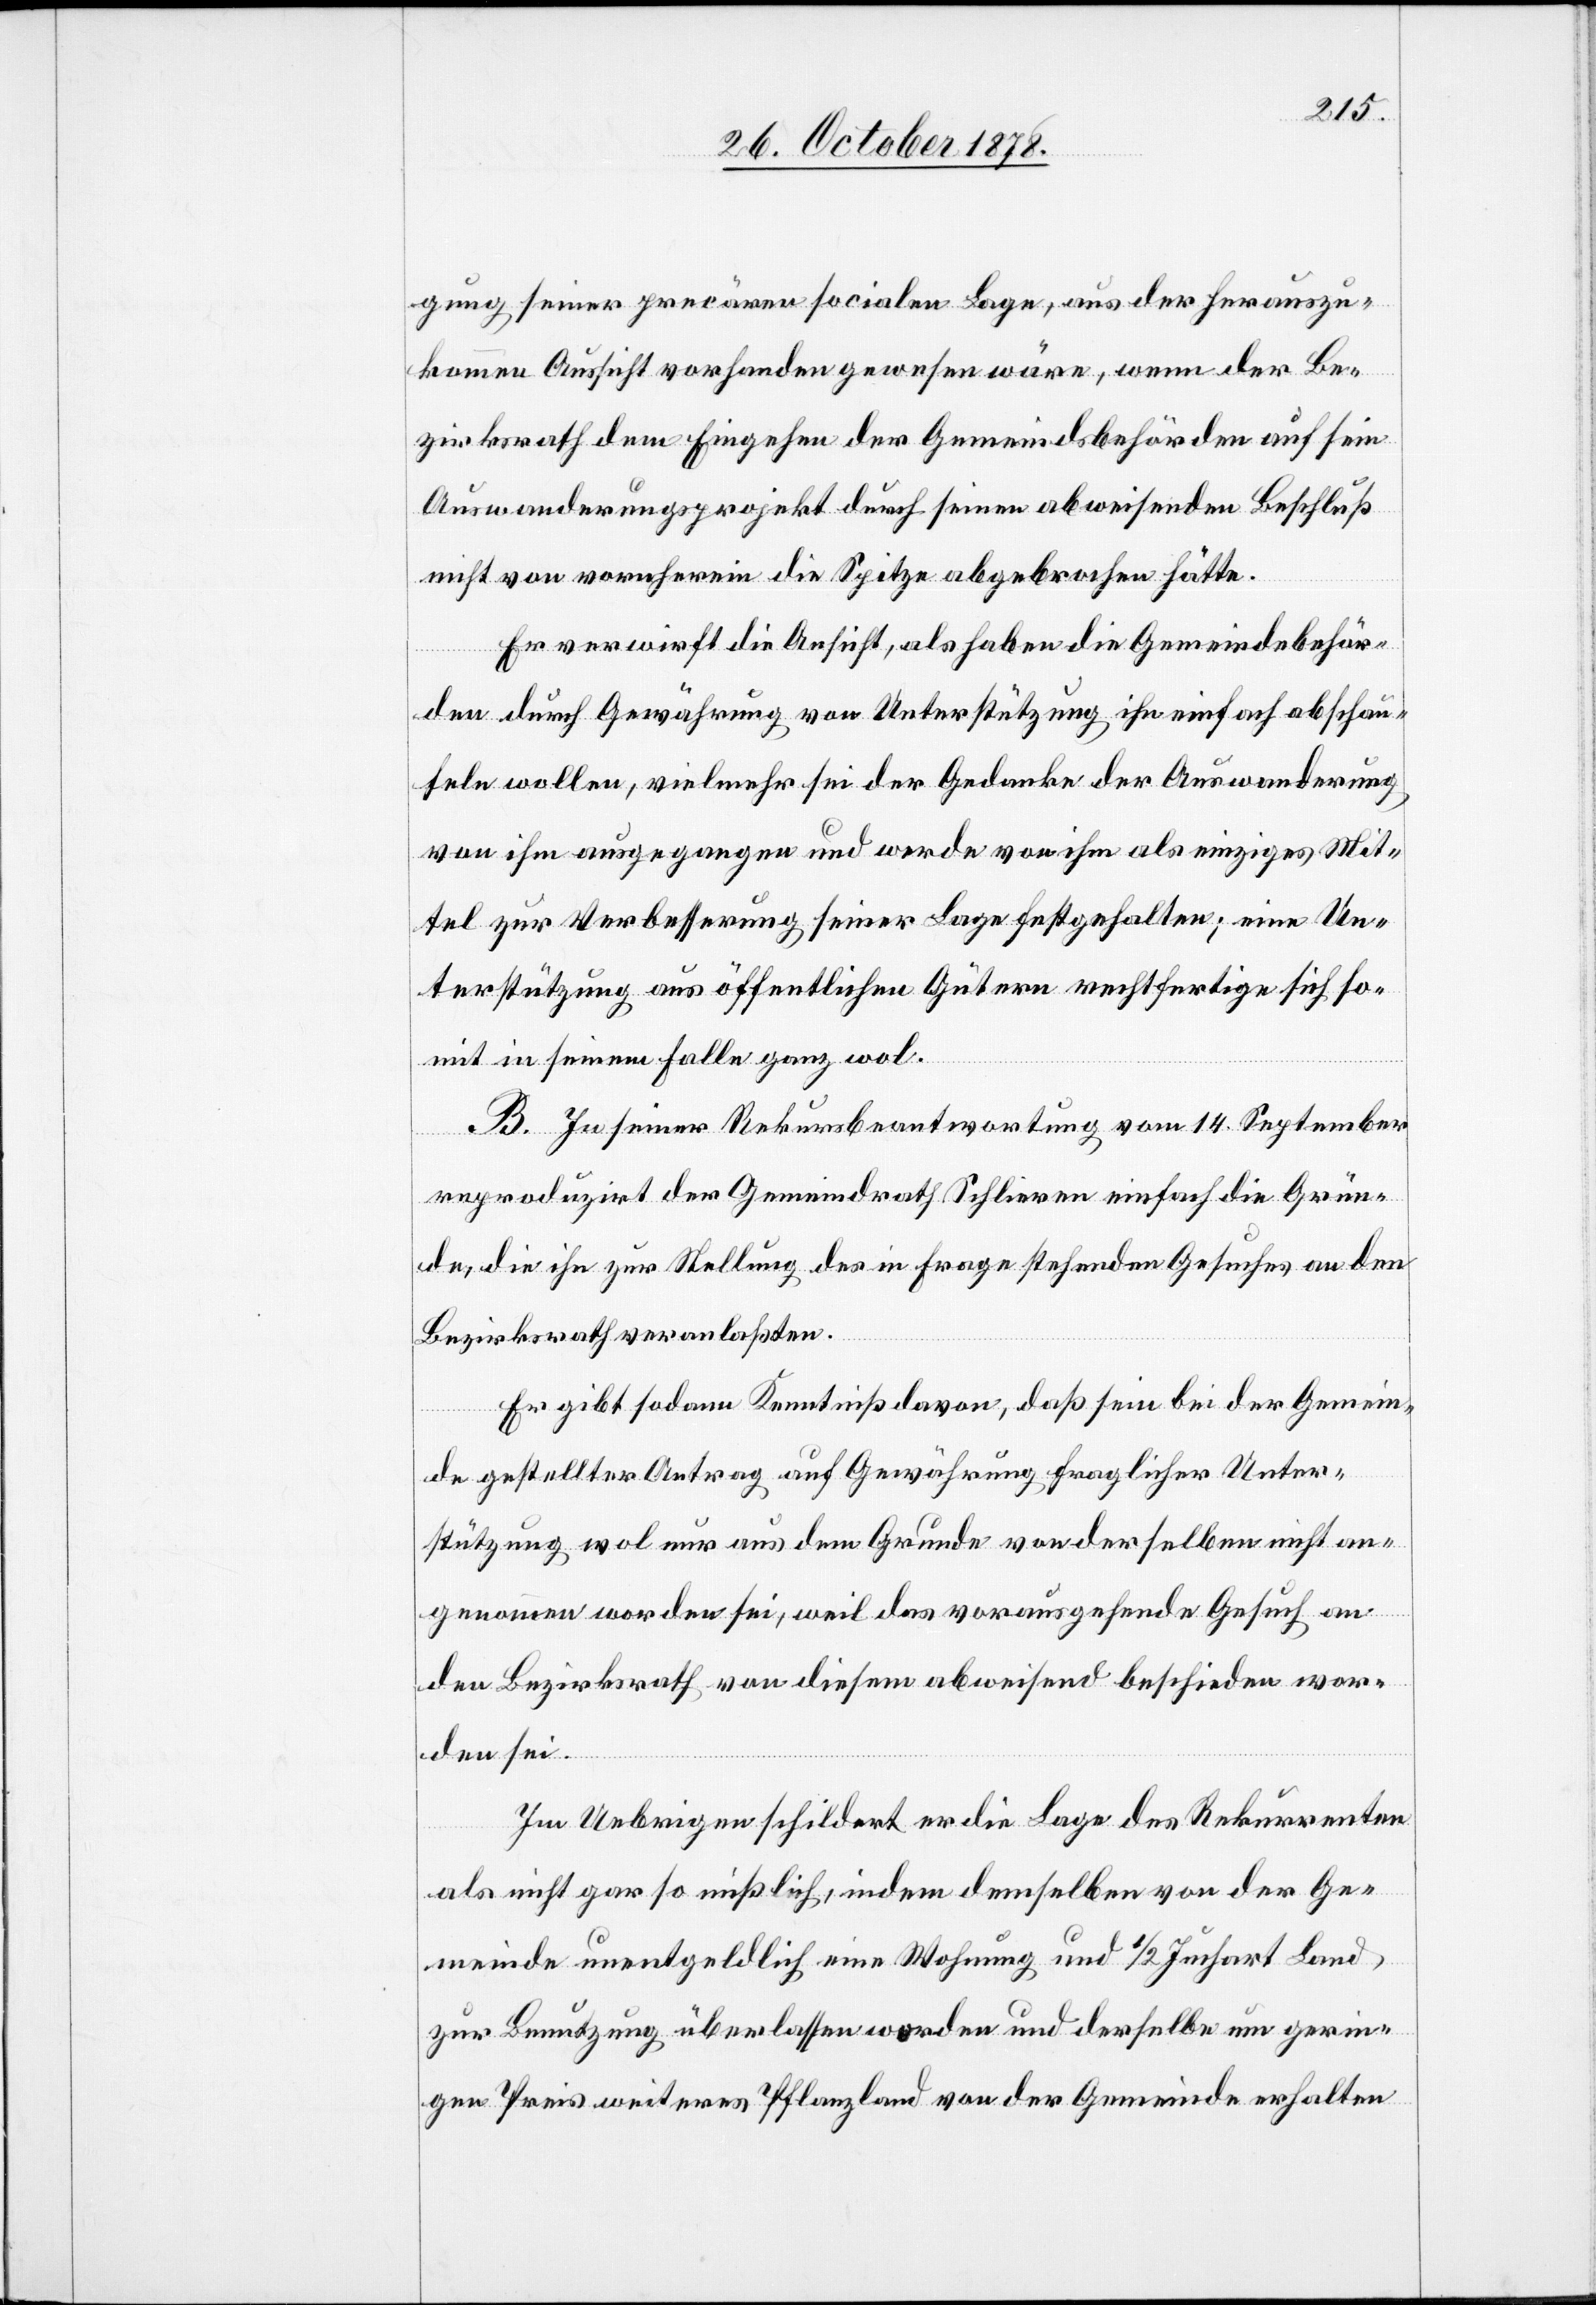
gung seiner precären socialen Lage, aus der herauszu¬
kommende Aussicht vorhanden gewesen wäre, wenn der Be¬
zirksrath dem Eingehen der Gemeindsbehörden auf sein
Auswanderungsprojekt durch seinen abweisenden Beschluß
nicht von vornherein die Spitze abgebrochen hätte.
Er verwirft die Ansicht, als haben die Gemeindebehör¬
den durch Gewährung von Unterstützung ihn einfach abschau¬
feln wollen, vielmehr sei der Gedanke der Auswanderung
von ihm ausgegangen und werde von ihm als einziges Mit¬
tel zur Verbesserung seiner Lage festgehalten; eine Un¬
terstützung aus öffentlichen Gütern rechtfertige sich so¬
mit in seinem Falle ganz wol.
B. In seiner Rekursbeantwortung vom 14. September
reproduzirt der Gemeindrath Schlieren einfach die Grün¬
de, die ihn zur Stellung des in Frage stehenden Gesuches an den
Bezirksrath veranlassten.
Er gibt sodann Kenntniß davon, daß seien bei der Gemein¬
de gestellter Antrag auf Gewährung fraglicher Unter¬
stützung wol nur aus dem Grunde von derselben nicht an¬
genommen worden sei, weil das vorausgehende Gesuch an
den Bezirksrath von diesem abweisend beschieden wor¬
den sei.
Im Uebrigen schildert er die Lage des Rekurrenten
als nicht gar so misslich, indem demselben von der Ge¬
meinde unentgeldlich eine Wohnung und 1/2 Juchart Land
zur Benutzung überlassen worden und derselbe um gerin¬
gen Preis weiteres Pflanzland von der Gemeinde erhalten